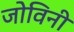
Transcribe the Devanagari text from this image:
जोविनी